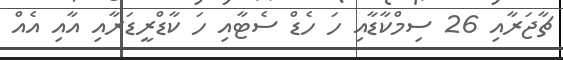
ޗާޖަރާއި 26 ސިމްކާޑާއި ހަ ހެޑް ސެޓާއި ހަ ކާޑްރީޑަރާއި އާއި އެއް